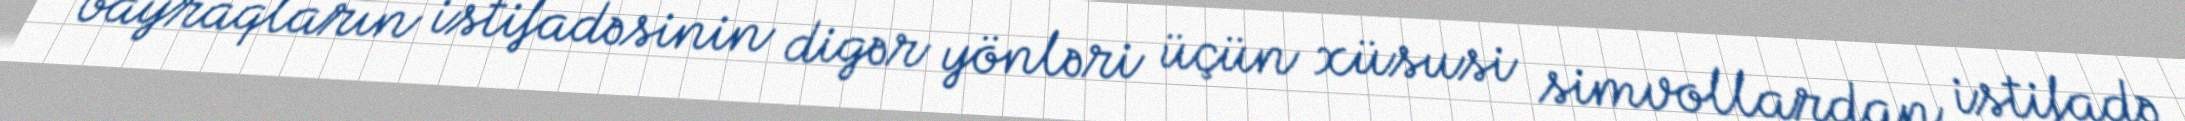
bayraqların istifadəsinin digər yönləri üçün xüsusi simvollardan istifadə